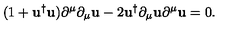
( 1 + { \mathbf { u } } ^ { \dag } { \mathbf { u } } ) \partial ^ { \mu } \partial _ { \mu } { \mathbf { u } } - 2 { \mathbf { u } } ^ { \dag } \partial _ { \mu } { \mathbf { u } } \partial ^ { \mu } { \mathbf { u } } = 0 .